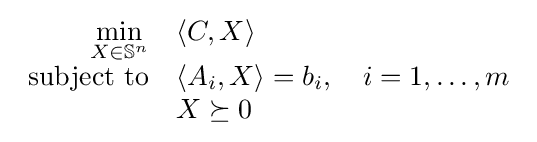
{\begin{array}{rl}{\displaystyle \min _{X\in \mathbb {S} ^{n}}}&\langle C,X\rangle \\{\text{subject to}}&\langle A_{i},X\rangle =b_{i},\quad i=1,\ldots ,m\\&X\succeq 0\end{array}}